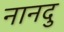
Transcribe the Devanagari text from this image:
नानदु